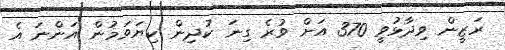
ރަޒީން ވިދާޅުވީ 370 އަށް ވުރެ ގިނަ ކުދިން ކިޔަވަމުން އަންނަ އެ